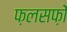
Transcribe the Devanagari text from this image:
फ़लसफ़ों